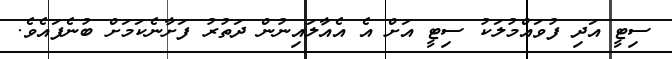
ސިޓީ އަދި ފުވައްމުލަކު ސިޓީ އަށް އެ އެއާލައިނުން ދަތުރު ފަށާނެކަމަށް ބުނެފައެވެ.